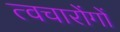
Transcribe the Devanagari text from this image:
त्वचारोंगों